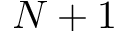
N + 1